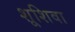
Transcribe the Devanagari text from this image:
शूशिवा